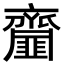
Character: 齏